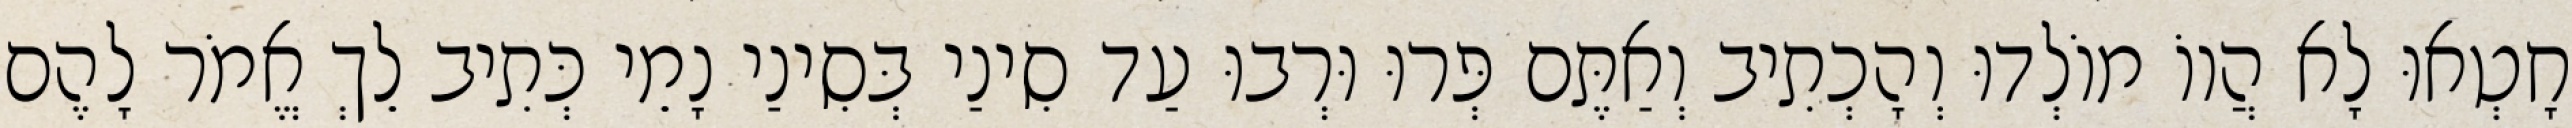
חָטְאוּ לָא הֲווֹ מוֹלְדוּ וְהָכְתִיב וְאַתֶּם פְּרוּ וּרְבוּ עַד סִינַי בְּסִינַי נָמֵי כְּתִיב לֵךְ אֱמֹר לָהֶם